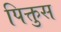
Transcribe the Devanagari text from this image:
पिक्तुस